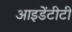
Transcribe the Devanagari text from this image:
आइडेंटीटी